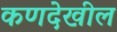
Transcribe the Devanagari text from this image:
कणदेखील